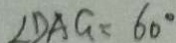
\angle D A G = 6 0 ^ { \circ }